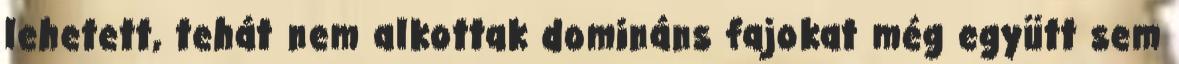
lehetett, tehát nem alkottak domináns fajokat még együtt sem